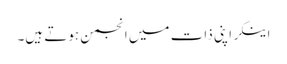
اینکر اپنی ذات میں انجمن ہوتے ہیں۔